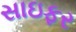
સાઇફર